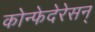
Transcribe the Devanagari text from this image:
कोन्फेदेरेसन्